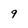
Character: 9